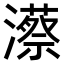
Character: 𤁱